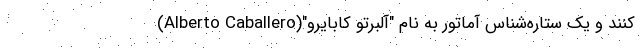
کنند و یک ستاره‌شناس آماتور به نام "آلبرتو کابایرو"(Alberto Caballero)